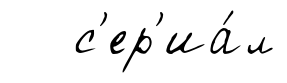
с'ер'иа́л